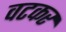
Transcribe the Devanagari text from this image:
वटकर